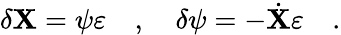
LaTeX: \delta\mathbf{X}=\psi\varepsilon\quad,\quad\delta\psi=-\dot{{\mathbf{X}}}\varepsilon\quad.